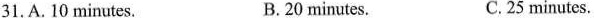
31.A.10 minutes. B.20 minutes. C.25 minutes.